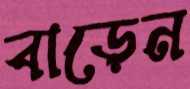
বাড়েন